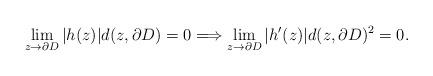
LaTeX: \begin{align*}\lim_{z \to \partial D} |h(z)| d(z, \partial D) = 0 \Longrightarrow \lim_{z \to \partial D} |h'(z)| d(z, \partial D)^2 = 0.\end{align*}